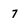
Character: 7